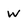
Character: w